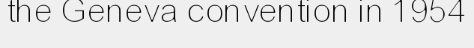
the Geneva convention in 1954